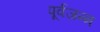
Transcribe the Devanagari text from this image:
पूर्वजन्‍म